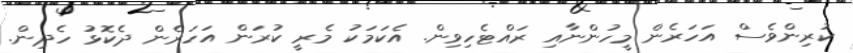
ކުރިންވެސް އަހަރެން މީހުންނާއި ރައްޓެހިވިން. އެކަމަކު މެރީ ކުރަން އަހަރެން ދެކޮޅު ހެދިން.